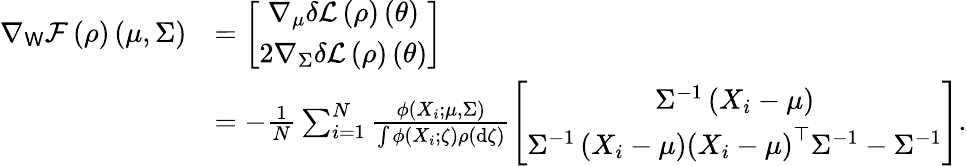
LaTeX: \begin{array}{rl}{\nabla_{\mathsf{W}}\mathcal{F}\left(\rho\right)\left(\mu,\Sigma\right)}&{=\left[\begin{array}{c}{\nabla_{\mu}\delta\mathcal{L}\left(\rho\right)\left(\theta\right)}\\ {2\nabla_{\Sigma}\delta\mathcal{L}\left(\rho\right)\left(\theta\right)}\end{array}\right]}\\ &{=-\frac{1}{N}\sum_{i=1}^{N}\frac{\phi\left(X_{i};\mu,\Sigma\right)}{\int\phi\left(X_{i};\zeta\right)\rho\left(\mathrm{d}\zeta\right)}\left[\begin{array}{c}{\Sigma^{-1}\left(X_{i}-\mu\right)}\\ {\Sigma^{-1}\left(X_{i}-\mu\right)\left(X_{i}-\mu\right)^{\top}\Sigma^{-1}-\Sigma^{-1}}\end{array}\right].}\end{array}